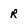
Character: R